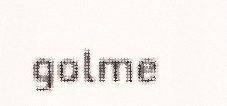
golme